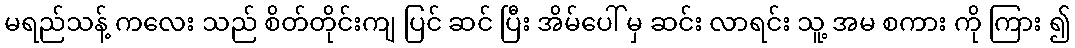
မရည်သန့် ကလေး သည် စိတ်တိုင်းကျ ပြင် ဆင် ပြီး အိမ်ပေါ် မှ ဆင်း လာရင်း သူ့ အမ စကား ကို ကြား ၍